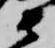
衛